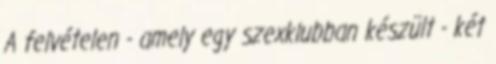
A felvételen - amely egy szexklubban készült - két